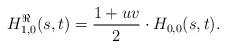
LaTeX: \begin{align*} H_{1,0}^\Re(s,t) = \frac{1+uv}2 \cdot H_{0,0}(s,t).\end{align*}